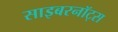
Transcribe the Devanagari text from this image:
साइबरनॉट्स